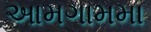
આમગામમા